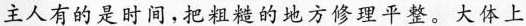
主人有的是时间,把粗糙的地方修理平整。大体上